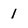
Character: l